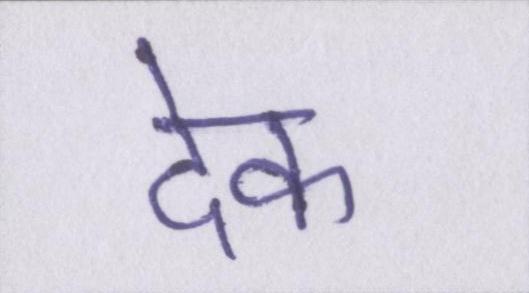
देक